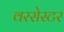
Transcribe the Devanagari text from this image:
वरसेस्टर